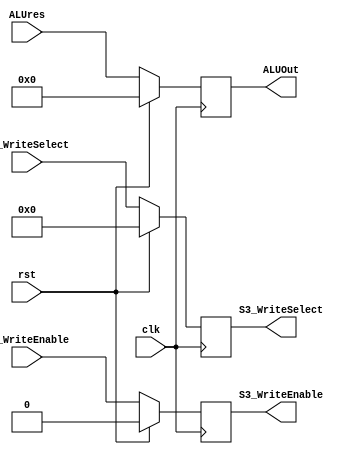
`timescale 1ns / 1ps
//////////////////////////////////////////////////////////////////////////////////
// Company: 
// Engineer: 
// 
// Design Name: 
// Module Name: S3_Register
// Project Name: 
// Target Devices: 
// Tool Versions: 
// Description: 
// 
// Dependencies: 
// 
// Revision:
// Revision 0.01 - File Created
// Additional Comments:
// 
//////////////////////////////////////////////////////////////////////////////////


module S3_Register(input clk,
	   input rst,
	   input [31:0] ALUres,
	   input S2_WriteEnable,
	   input [4:0] S2_WriteSelect,
	   output reg [4:0] S3_WriteSelect,
	   output reg S3_WriteEnable,
	   output reg [31:0] ALUOut
       );
    
always@(posedge clk)
		begin
		if (rst)
			begin
			S3_WriteSelect <= 5'd0;
			S3_WriteEnable <= 1'b0;
			ALUOut <= 32'd0;
			end
			
		else
			begin
			S3_WriteSelect <= S2_WriteSelect;
			S3_WriteEnable <= S2_WriteEnable;
			ALUOut <= ALUres;
			end
		end
		
endmodule